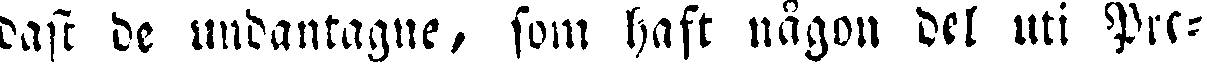
dast de undantagne, som haft någon del uti Pre-